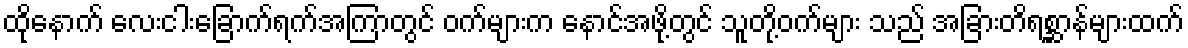
ထိုနောက် လေးငါးခြောက်ရက်အကြာတွင် ဝက်များက နောင်အဖို့တွင် သူတို့ဝက်များ သည် အခြားတိရစ္ဆာန်များထက်